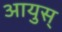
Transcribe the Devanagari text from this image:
आयुस्